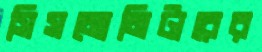
সিসমোমিটারের